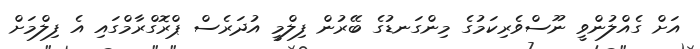
އަށް ގެއްލުންވީ ނޫސްވެރިކަމުގެ މިންގަނޑުގެ ބޭރުން ފިލްމީ އުދަރެސް ޕްރޮގްރާމްގައި އެ ފިލްމަށް